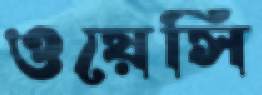
ওয়েসি